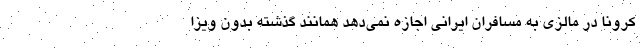
کرونا در مالزی به مسافران ایرانی اجازه نمی‌دهد همانند گذشته بدون ویزا